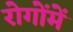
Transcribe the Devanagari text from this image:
रोगोंमें